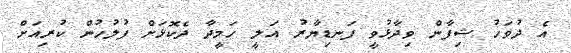
އެ ދުވަހު ޝިފާން ވިދާޅުވީ ފަނޑިޔާރު އަލީ ހަމީދާ ދެކޮޅަށް ފުލުހުން ކުރިއަށް